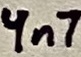
Text: 4n7